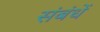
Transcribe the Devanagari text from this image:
संबंधें